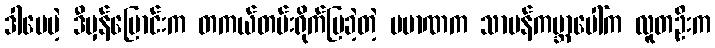
ဒါပေမဲ့ ဒီမှန်ပြောင်းက တကယ်တမ်းရိုက်ပြခဲ့တဲ့ ပမာဏက သာမန်ကမ္ဘာပေါ်က လူတဦးက